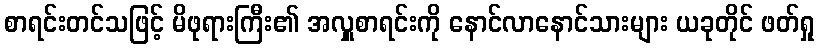
စာရင်းတင်သဖြင့် မိဖုရားကြီး၏ အလှူစာရင်းကို နောင်လာနောင်သားများ ယခုတိုင် ဖတ်ရှု